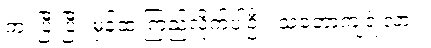
ကဲ၊ ပြီးပြီ။ မှန်ထဲ ကြည့်လိုက်ပါဦး၊ သဘောကျရဲ့လား။